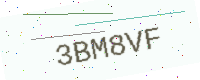
Text: 3BM8VF